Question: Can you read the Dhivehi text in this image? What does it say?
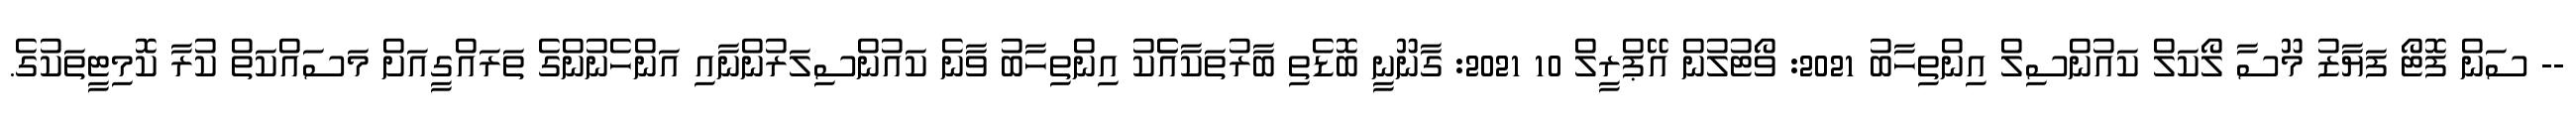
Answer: -- ސަން ފޮޓޯ ފަޔާޒު މޫސާ ލޯކަލް ކައުންސިލް އިންތިހާބު 2021: ވޯޓުލުން އޭޕްރީލް 10 2021: ގާނޫނީ ބޮޑެތި ބާރުތަކާއެެކު އިންތިހާބު ވާނެ ކައުންސިލަރުންނާއި އަންހެނުންގެ ތަރައްގީއަށް މަސައްކަތް ކުރާ ކޮމިޓީތަކުގެ.